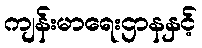
ကျန်းမာရေးဌာနနှင့်